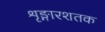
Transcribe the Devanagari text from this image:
शृङ्गारशतक